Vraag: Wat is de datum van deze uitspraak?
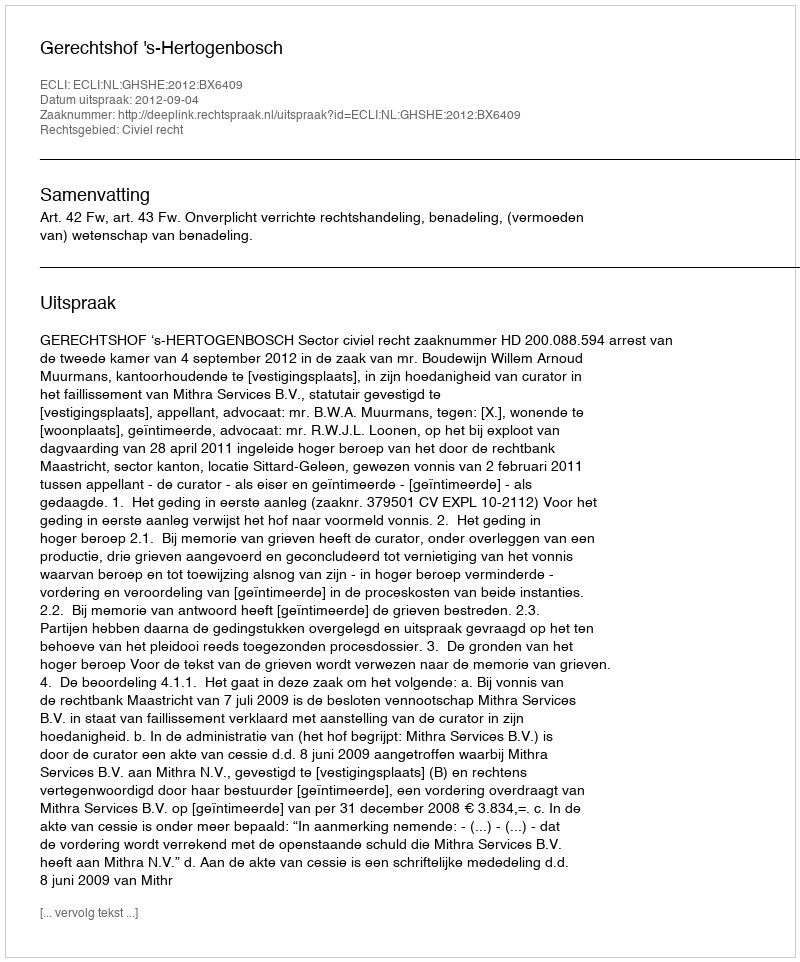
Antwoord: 2012-09-04